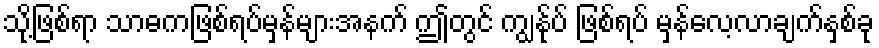
သို့ဖြစ်ရာ သာဓကဖြစ်ရပ်မှန်များအနက် ဤတွင် ကျွန်ုပ် ဖြစ်ရပ် မှန်လေ့လာချက်နှစ်ခု